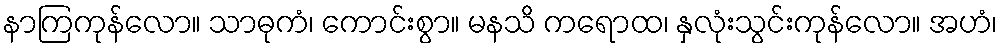
နာကြကုန်လော။ သာဓုကံ၊ ကောင်းစွာ။ မနသိ ကရောထ၊ နှလုံးသွင်းကုန်လော။ အဟံ၊